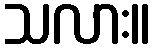
သလား။